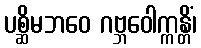
ပစ္ဆိမဘဝေ ဂဗ္ဘဝေါက္ကန္တိံ၊